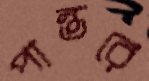
পান্তরে